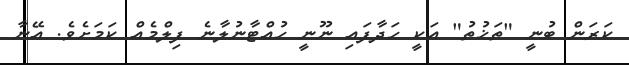
ކަރަން ބުނީ "ތަޚުތު" އަކީ ހަދާފައި ނޫނީ ހުއްޓާނުލާނެ ފިލްމެއް ކަމަށެވެ. އޭނާ